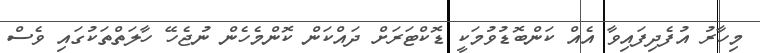
މިހާރު އުފެދިފައިވާ އެއް ކަންބޮޑުވުމަކީ ޑޮކްޓަރަށް ދައްކަން ކޮންމެހެން ނުޖެހޭ ހާލަތްތަކުގައި ވެސް